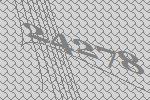
24278